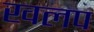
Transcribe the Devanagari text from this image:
खलप